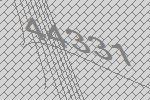
44331